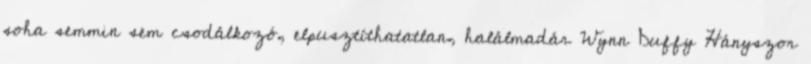
soha semmin sem csodálkozó, elpusztíthatatlan, halálmadár Wynn Duffy Hányszor